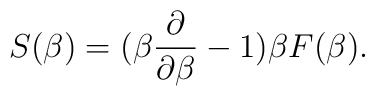
S(\beta)=(\beta{\partial\over\partial\beta}-1)\beta F(\beta).